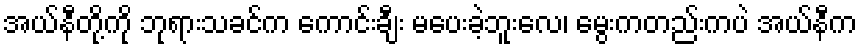
အယ်နီတို့ကို ဘုရားသခင်က ကောင်းချီး မပေးခဲ့ဘူးလေ၊ မွေးကတည်းကပဲ အယ်နီက